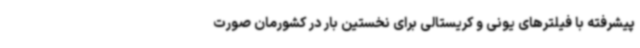
پیشرفته با فیلترهای یونی و کریستالی برای نخستین بار در کشورمان صورت